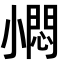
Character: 𡮬